Laidoner,_Johan, lk 117
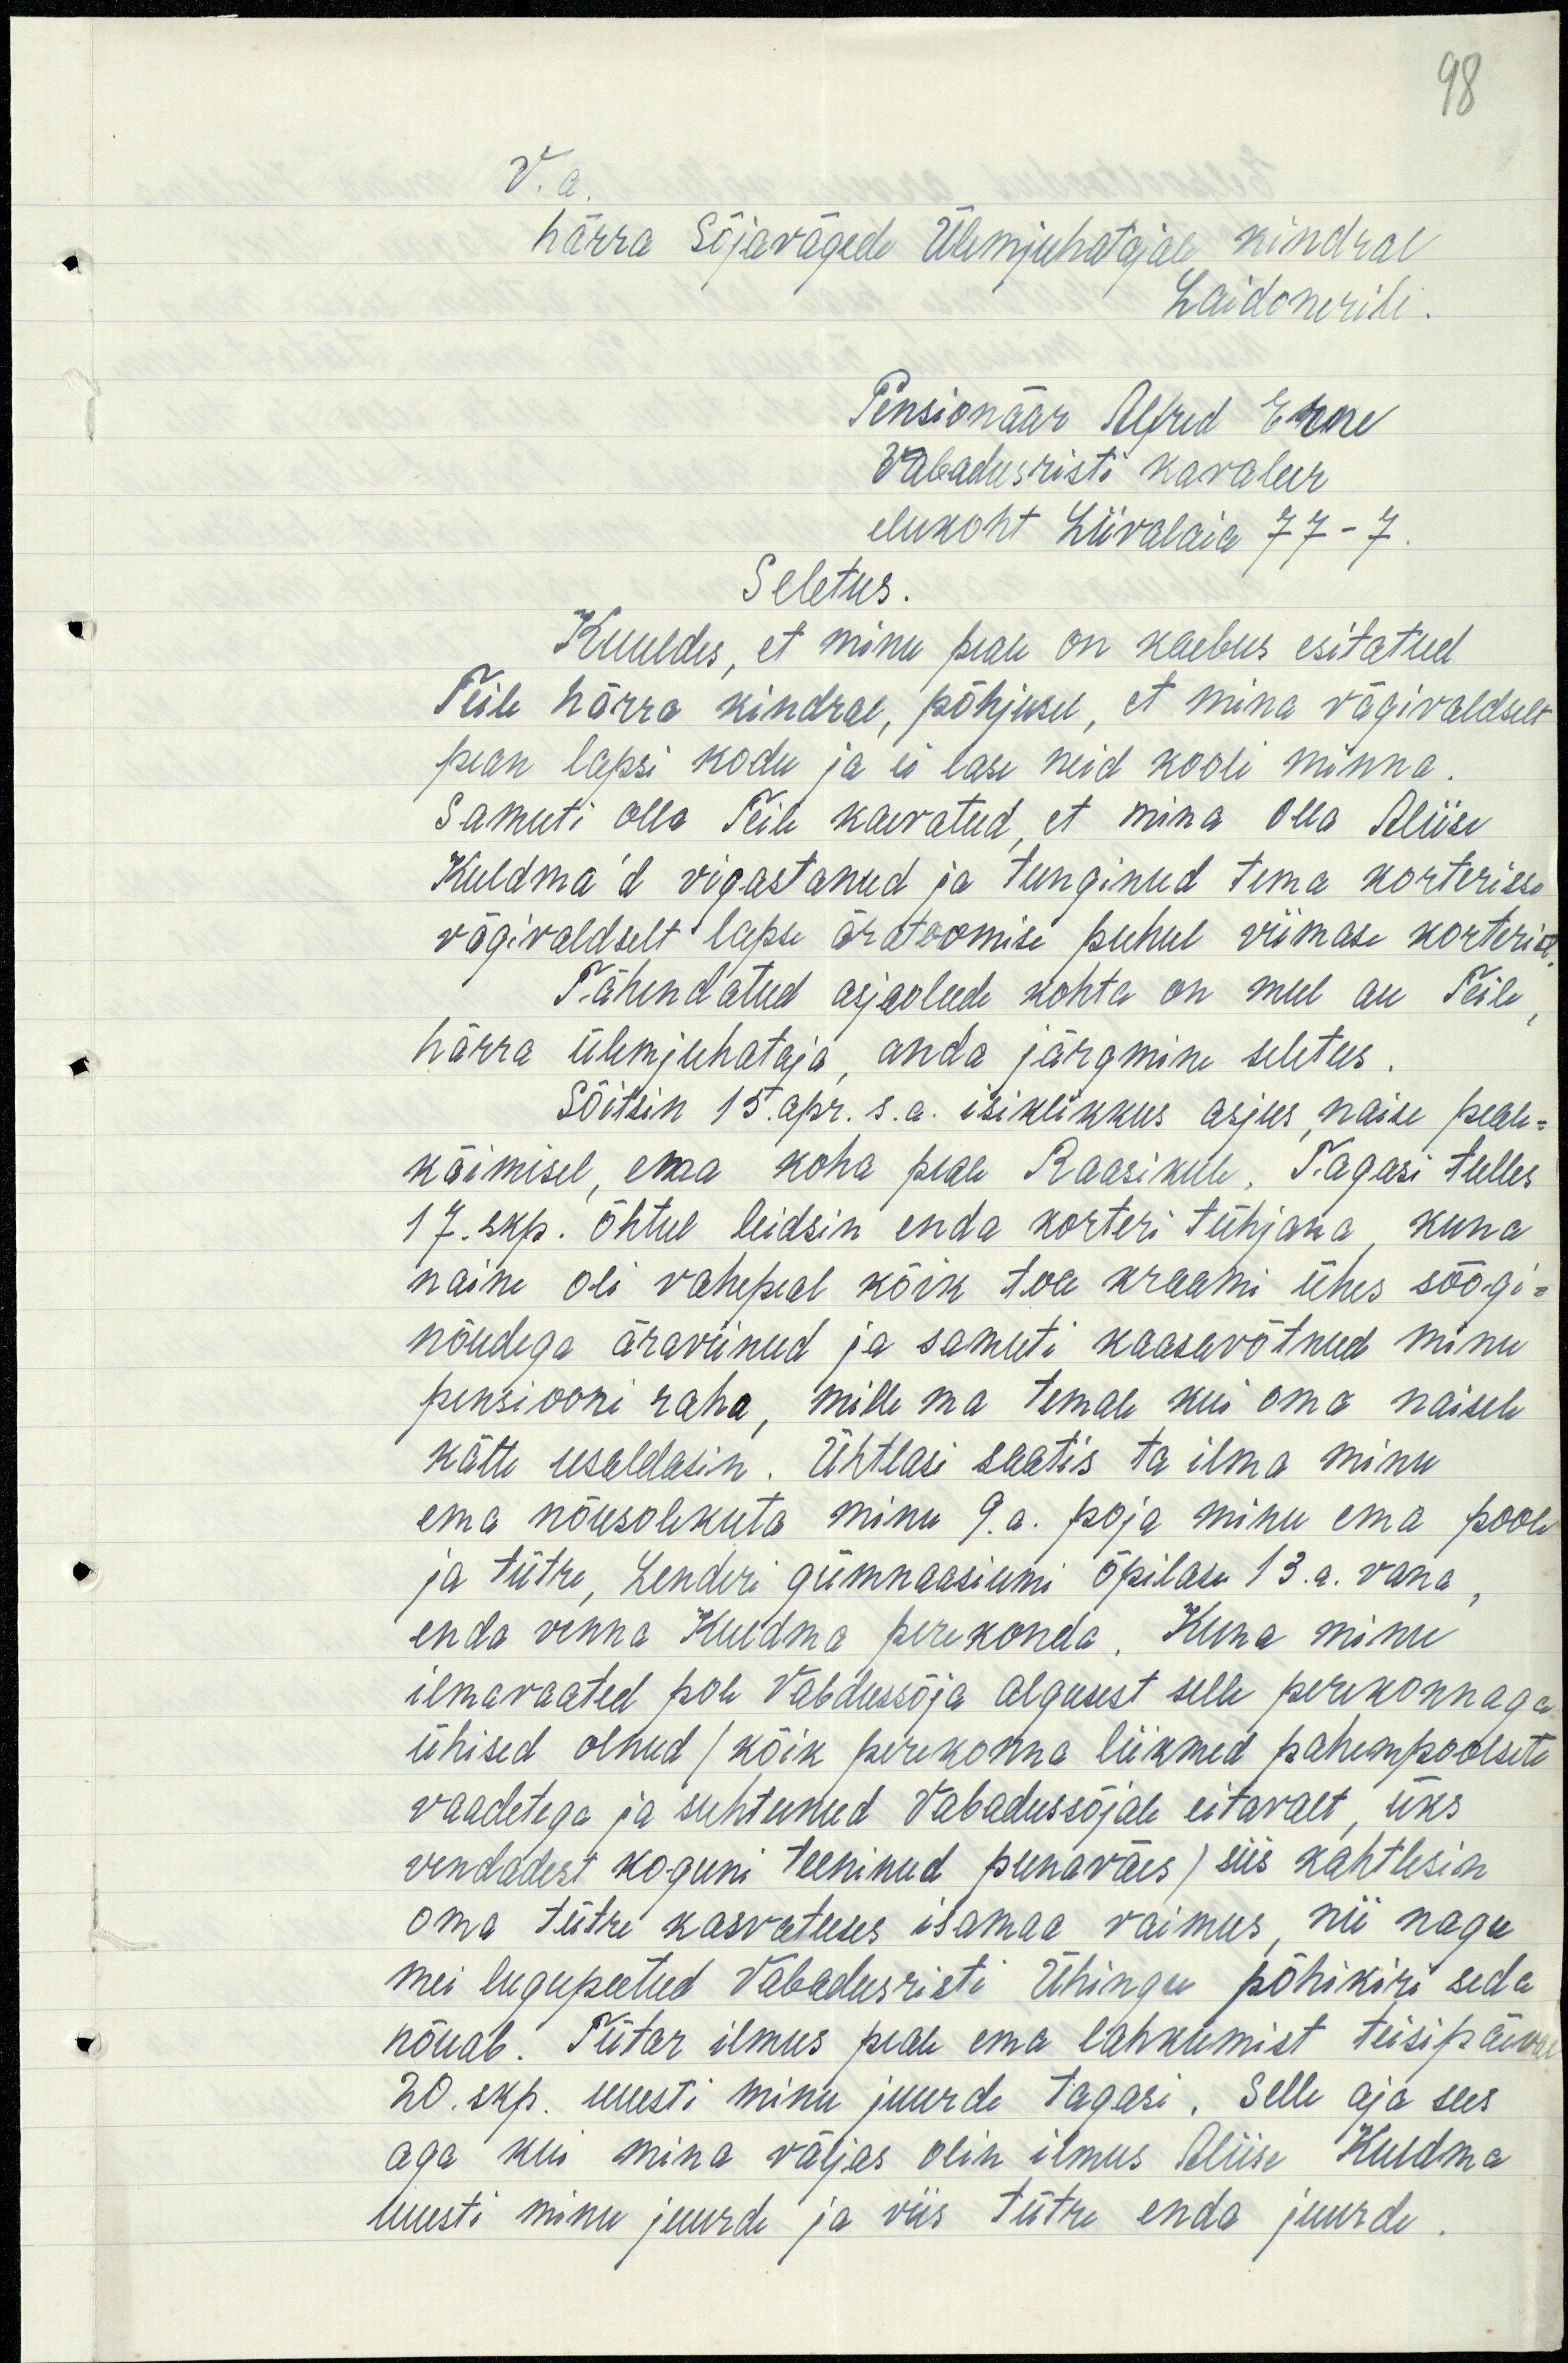
98
härra Sõjavägede Ülemjuhatajale Kindral
Laidonerile.
Pensonäär Alfred Erne
Vabadusristi kavaleer
elukoht Liivalaia 77-7
Seletus.
Kuuldes, et minu peale on kaebus esitatud
Teile härra kindral, põhjusel, et mina vägivaldselt
pean lapsi kodu ja ei lasi neid kooli minna.
Samuti olla Teile kaevatud, et mina olla Aliise
Kuldma'd vigastanud ja tunginud tema korterisse
vägivaldselt lapse äratoomise puhul viimase korteris.
Tähendatud asjaolude kohta on mul au Teile
härra ülemjuhataja, anda järgmine seletus.
Sõitsin 15. apr. s.a. isiklikkus asjus, naise peale-
käimisel, ema koha peal Raasikule. Tagasi tulles
17. skp. õhtul leidsin enda korteri tühjana, kuna
naine oli vahepeal kõik toa kraami ühes söögi-
nõudega äraviinud ja samuti kaasavõtnud minu
pensiooni raha, mille ma temale kui oma naisele
kätte usaldasin. Ühtlasi saatis ta ilma minu
ema nõusolekuta minu 9.a. poja minu ema poole
ja tütre, Lenderi gümnaasiumi õpilase 13.a. vana
enda venna Kuldma perekonda. Kuna minu
ilmavaated pole Vabdussõja algusest selle perekonnaga
ühised olnud / kõik perekonna liikmed pahempoolsete
vaadetega ja suhtunud Vabadussõjale eitavalt, üks
vendadest koguni teeninud punaväes) siis kahtlesin
oma tütre kasvatuses isamaa vaimus, nii nagu
mei lugupeetud Vabadusristi Ühingu põhikiri seda
nõuab. Tütar ilmus peale ema lahkumist teisipäeval
20. skp. uuesti minu juurde tagasi. Selle aja sees
aga kui mina väljas olin ilmus Aliise Kuldma
uuesti minu juurde ja viis tütre enda juurde